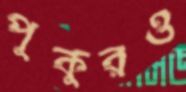
পুকুরও